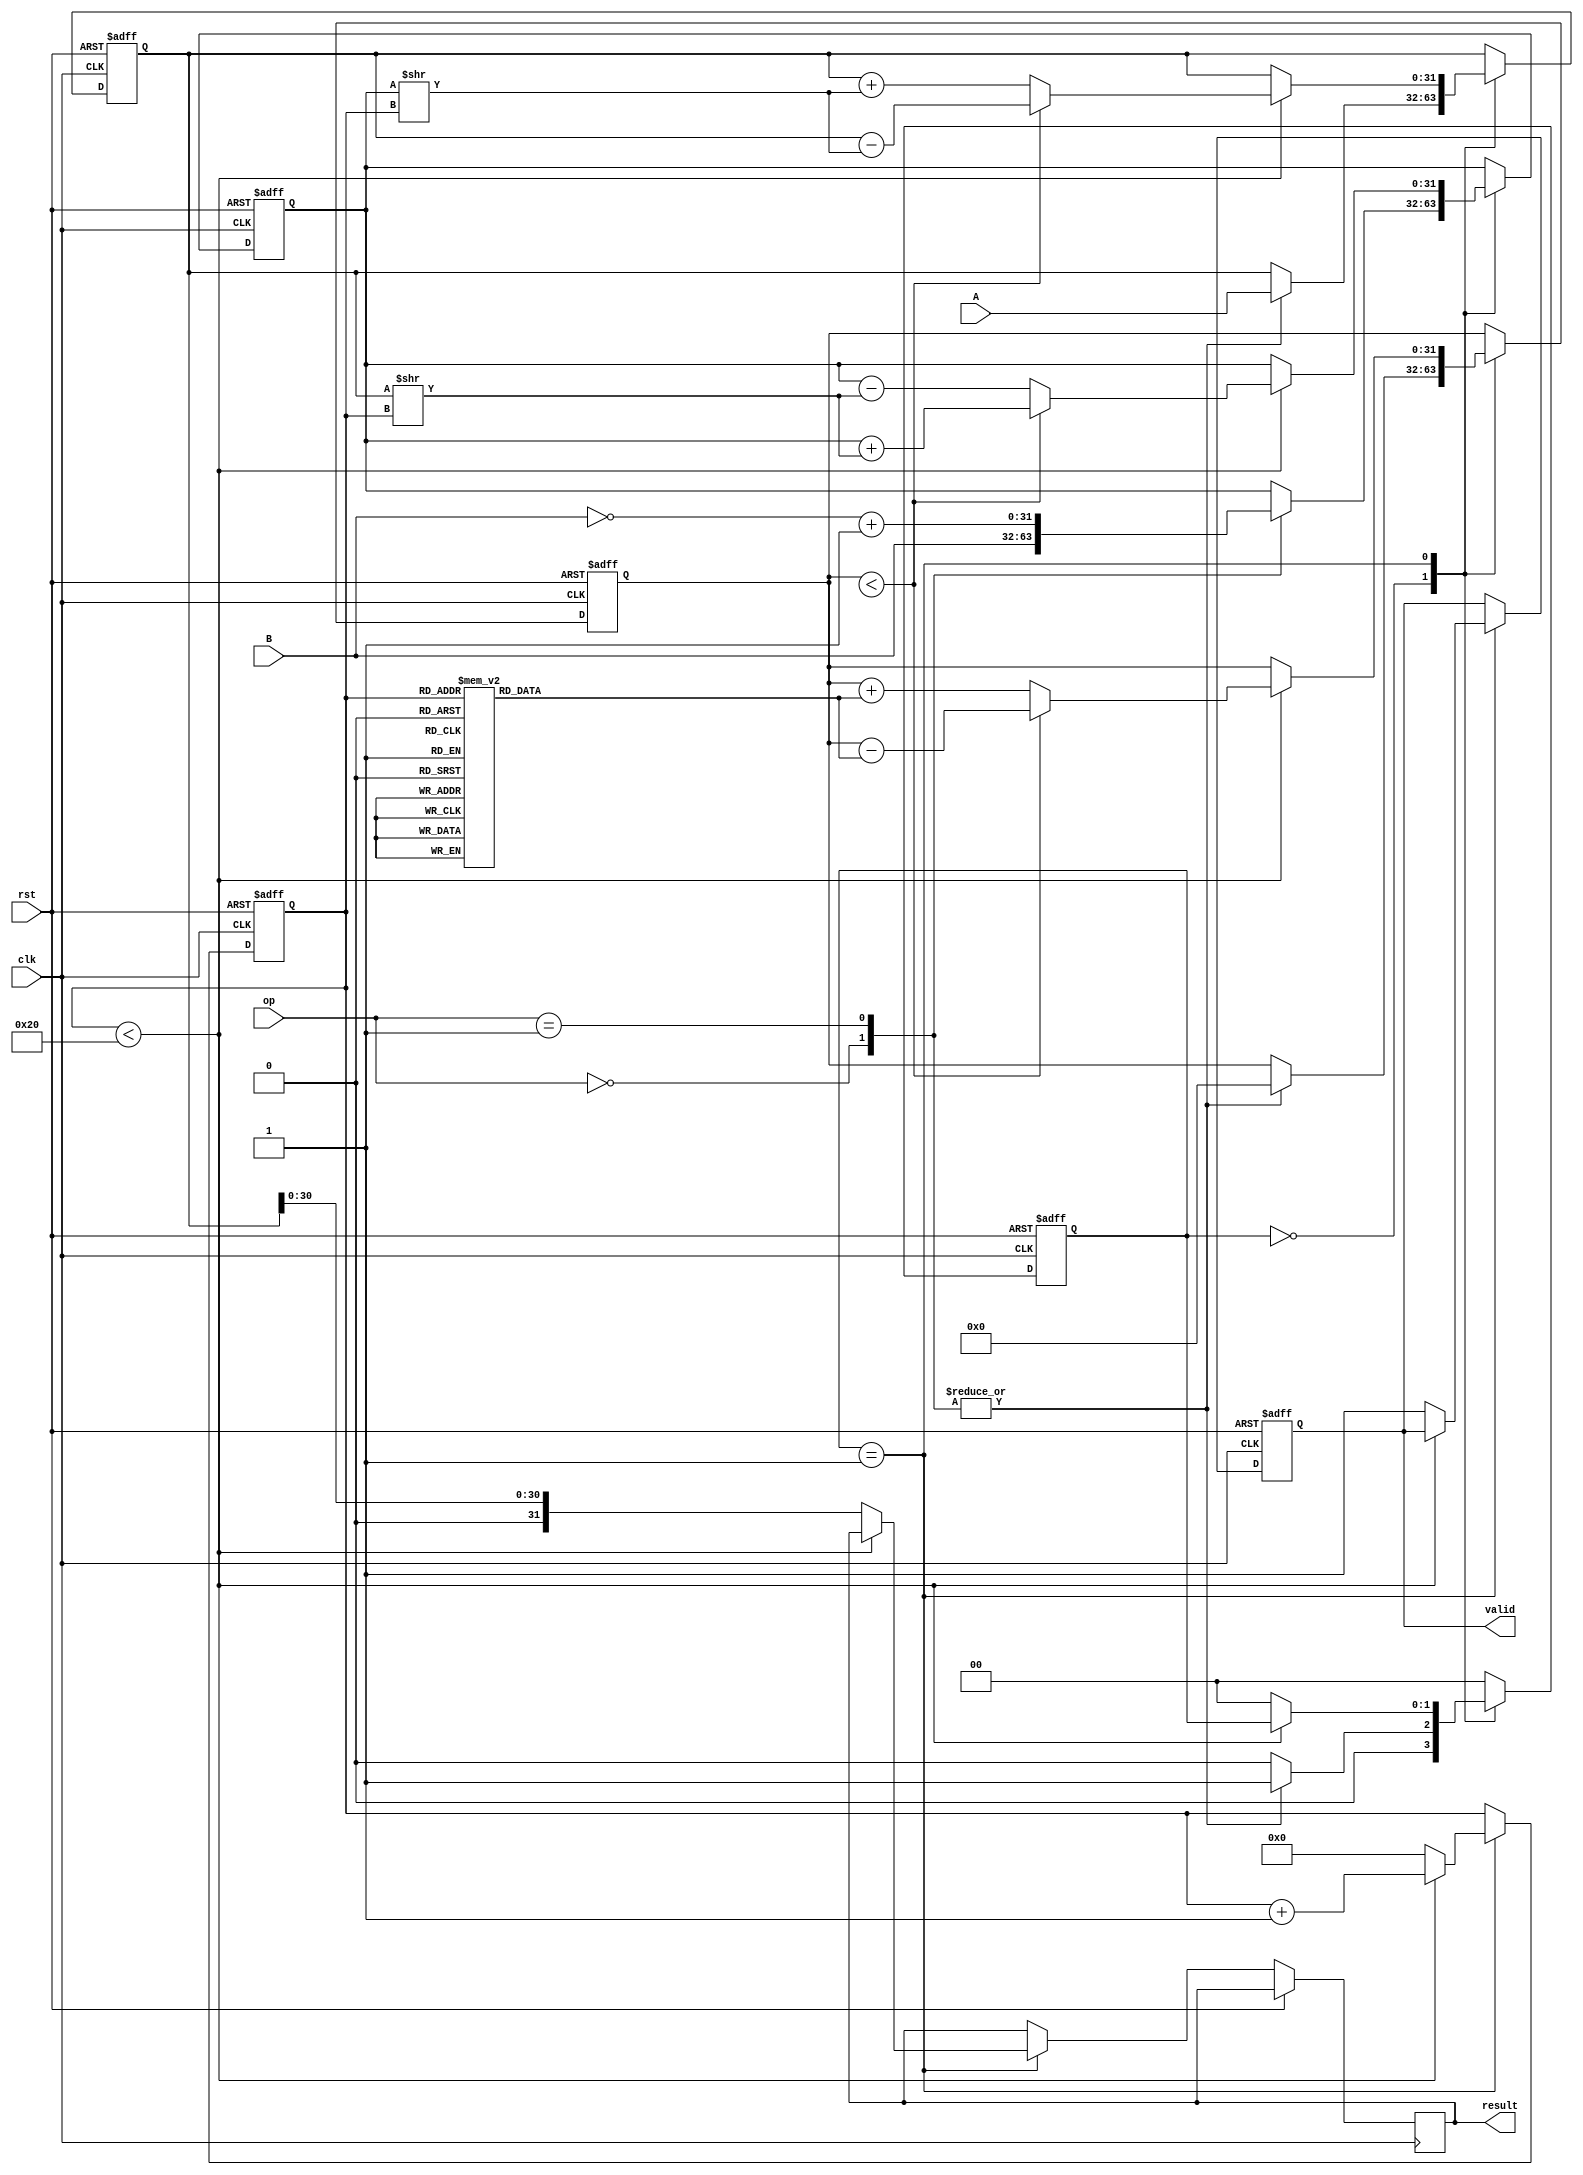
module cordic_fp (
    input wire clk,
    input wire rst,
    input wire [31:0] A, // Floating-point input A (IEEE 754 single precision)
    input wire [31:0] B, // Floating-point input B (IEEE 754 single precision)
    input wire [2:0] op, // Operation control signal
    output reg [31:0] result, // Floating-point result
    output reg valid // Result valid signal
);

    // Constants for CORDIC rotation angles (in radians)
    reg [31:0] angle_table [0:31]; // Pre-computed angles
    initial begin
        angle_table[0] = 32'h00000000; // 0
        angle_table[1] = 32'h3F19999A; // /4
        angle_table[2] = 32'h3F2AAAAB; // /8
        // Add more angles as needed...
    end

    // Internal signals
    reg [31:0] x, y, z; // CORDIC coordinates
    reg [4:0] iteration; // Iteration counter
    reg [31:0] angle; // Target angle
    reg [1:0] state; // State machine for operation control

    // State machine for operation control
    always @(posedge clk or posedge rst) begin
        if (rst) begin
            state <= 0;
            valid <= 0;
            iteration <= 0;
            x <= 32'h3F800000; // Initial x = 1.0 (in floating-point)
            y <= 32'h00000000; // Initial y = 0.0
            z <= 32'h00000000; // Initial angle z = 0
        end else begin
            case (state)
                0: begin
                    // Load inputs based on operation
                    case (op)
                        3'b000: begin // Addition
                            // Load A and B into x and y
                            x <= A;
                            y <= B;
                            z <= 32'h00000000; // Target angle for addition
                            state <= 1;
                        end
                        3'b001: begin // Subtraction
                            // Load A and -B into x and y
                            x <= A;
                            y <= ~B + 1; // Two's complement for subtraction
                            z <= 32'h00000000; // Target angle for subtraction
                            state <= 1;
                        end
                        // Add more operations (multiplication, division, etc.)
                        default: state <= 0;
                    endcase
                end
                1: begin
                    // CORDIC iteration loop
                    if (iteration < 32) begin
                        // Determine direction based on angle
                        if (z < angle) begin
                            // Rotate clockwise
                            x <= x - (y >> iteration);
                            y <= y + (x >> iteration);
                            z <= z - angle_table[iteration];
                        end else begin
                            // Rotate counter-clockwise
                            x <= x + (y >> iteration);
                            y <= y - (x >> iteration);
                            z <= z + angle_table[iteration];
                        end
                        iteration <= iteration + 1;
                    end else begin
                        // Finished iterations, output result
                        result <= {1'b0, x[30:0]}; // Normalize result (example)
                        valid <= 1;
                        state <= 0; // Reset state
                        iteration <= 0; // Reset iteration
                    end
                end
                default: state <= 0;
            endcase
        end
    end

endmodule